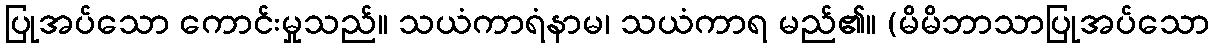
ပြုအပ်သော ကောင်းမှုသည်။ သယံကာရံနာမ၊ သယံကာရ မည်၏။ (မိမိဘာသာပြုအပ်သော